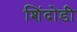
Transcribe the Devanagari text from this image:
शिंदोडी